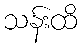
သန်းထိ